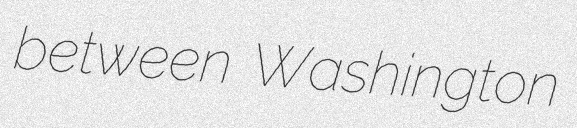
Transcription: between Washington